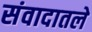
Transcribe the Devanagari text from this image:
संवादातले